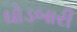
ઘોડબારી